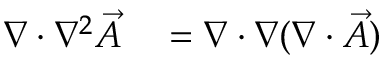
\begin{array} { r l } { \nabla \cdot \nabla ^ { 2 } { \vec { A } } } & { { } = \nabla \cdot \nabla ( \nabla \cdot { \vec { A } } ) } \end{array}